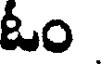
ఓం